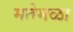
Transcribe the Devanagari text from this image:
मतेमळा